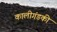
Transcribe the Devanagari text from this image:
कालीगंडकी